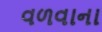
વળવાના